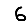
Digit: 6